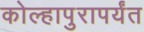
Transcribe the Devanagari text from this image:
कोल्हापुरापर्यंत